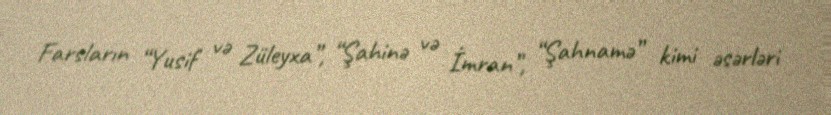
Farsların “Yusif və Züleyxa”, “Şahinə və İmran”, “Şahnamə” kimi əsərləri